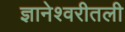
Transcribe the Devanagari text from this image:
ज्ञानेश्वरीतली